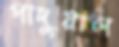
পাদুয়াল